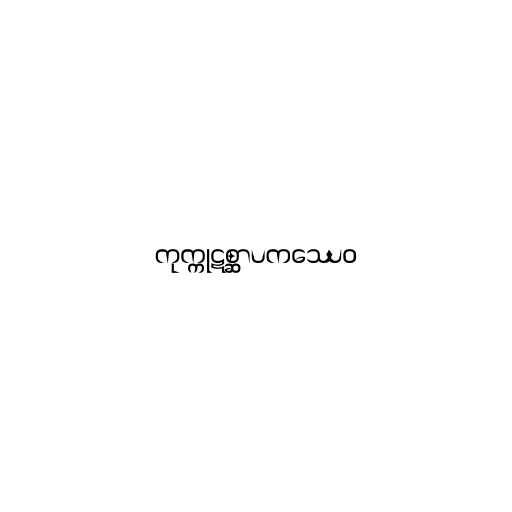
ကုက္ကုဋစ္ဆာပကဿေဝ